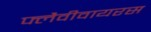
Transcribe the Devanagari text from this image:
फ्लैवीवायरस